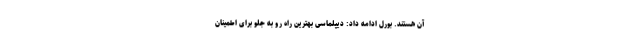
آن هستند. بورل ادامه داد: دیپلماسی بهترین راه رو به جلو برای اطمینان